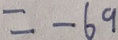
= - 6 9